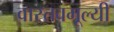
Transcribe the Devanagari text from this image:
वास्तवमूल्यी